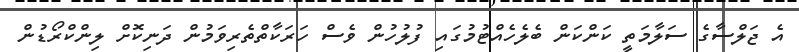
އެ ޖަލްސާގެ ސަލާމަތީ ކަންކަން ބެލެހެއްޓުމުގައި ފުލުހުން ވެސް ހަރަކާތްތެރިވަމުން ދަނިކޮށް ލިންކްރޯޑުން